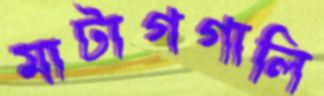
মাটাগগালি